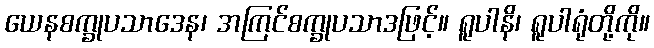
ယေနစက္ခုပသာဒေန၊ အကြင်စက္ခုပသာဒဖြင့်။ ရူပါနိ၊ ရူပါရုံတို့ကို။